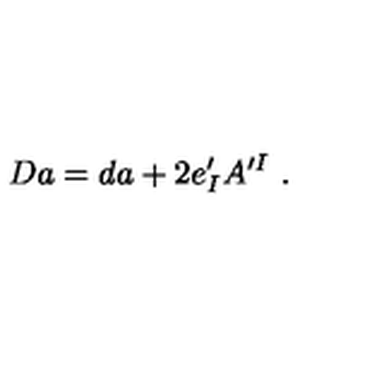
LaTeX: D a = d a + 2 e _ { I } ^ { \prime } A ^ { \prime I } \ .